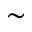
\sim